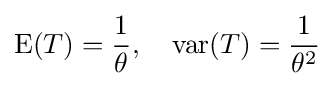
\operatorname {E} (T)={\frac {1}{\theta }},\quad \operatorname {var} (T)={\frac {1}{\theta ^{2}}}